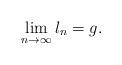
LaTeX: \begin{align*} \lim_{n\rightarrow \infty} l_n=g.\end{align*}